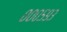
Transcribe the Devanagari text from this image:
०००५९३